Rangoon Lunatic Asylum 1878-1892 - 1878-1892
Year: 1878
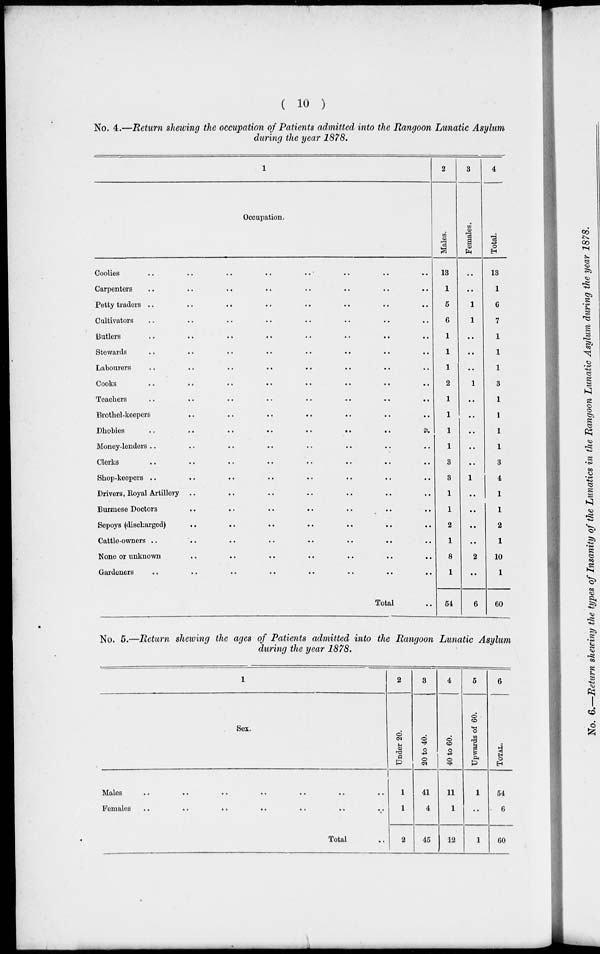
( 10 )
No. 4.—Return shewing the occupation of Patients admitted into the Rangoon Lunatic Asylum
during the year 1878.
1
Occupation.
Coolies
..
..
..
..
..
..
..
..
Carpenters .. .. .. .. .. .. .. ..
Petty traders .. .. .. .. .. .. .. ..
Cultivators .. .. .. .. .. .. .. ..
Butlers .. .. .. .. .. .. .. ..
Stewards .. .. .. .. .. .. .. ..
Labourers .. .. .. .. .. .. .. ..
Cooks .. .. .. .. .. .. .. ..
Teachers .. .. .. .. .. .. .. ..
Brothel-keepers .. .. .. .. .. .. .. ..
Dhobies
..
..
..
..
..
..
..
..
Money-lenders .. .. .. .. .. .. .. ..
Clerks .. .. .. .. .. .. .. ..
Shop-keepers .. .. .. .. .. .. .. ..
Drivers, Royal Artillery .. .. .. .. .. .. ..
Burmese Doctors .. .. .. .. .. .. .. ..
Sepoys (discharged) .. .. .. .. .. .. .. ..
Cattle-owners .. .. .. .. .. .. .. ..
None or unknown .. .. .. .. .. .. .. ..
Gardeners .. .. .. .. .. .. .. ..
Total ..
2
Males.
13
1
5
6
1
1
1
2
1
1
1
1
3
3
1
1
2
1
8
1
54
3
Females.
..
..
1
1
..
..
..
1
..
..
..
..
..
1
..
..
..
..
2
..
6
4
Total.
13
1
6
7
1
1
1
3
1
1
1
1
3
4
1
1
2
1
10
1
60
No. 5.—Return shewing the ages of Patients admitted into the Rangoon Lunatic Asylum
during the year 1878.
1
Sex.
Males .. .. .. .. .. .. ..
Females
..
..
..
..
..
..
..
Total ..
2
Under 20.
1
1
2
3
20 to 40.
41
4
45
4
40 to 60.
11
1
12
5
Upwards of 60.
1
..
1
6
TOTAL.
54
6
60